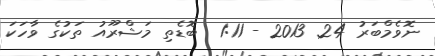
ނޮވެމްބަރު 24